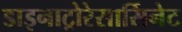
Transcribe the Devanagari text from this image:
डाइनाट्रोरेसार्सिनेट